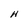
Character: H